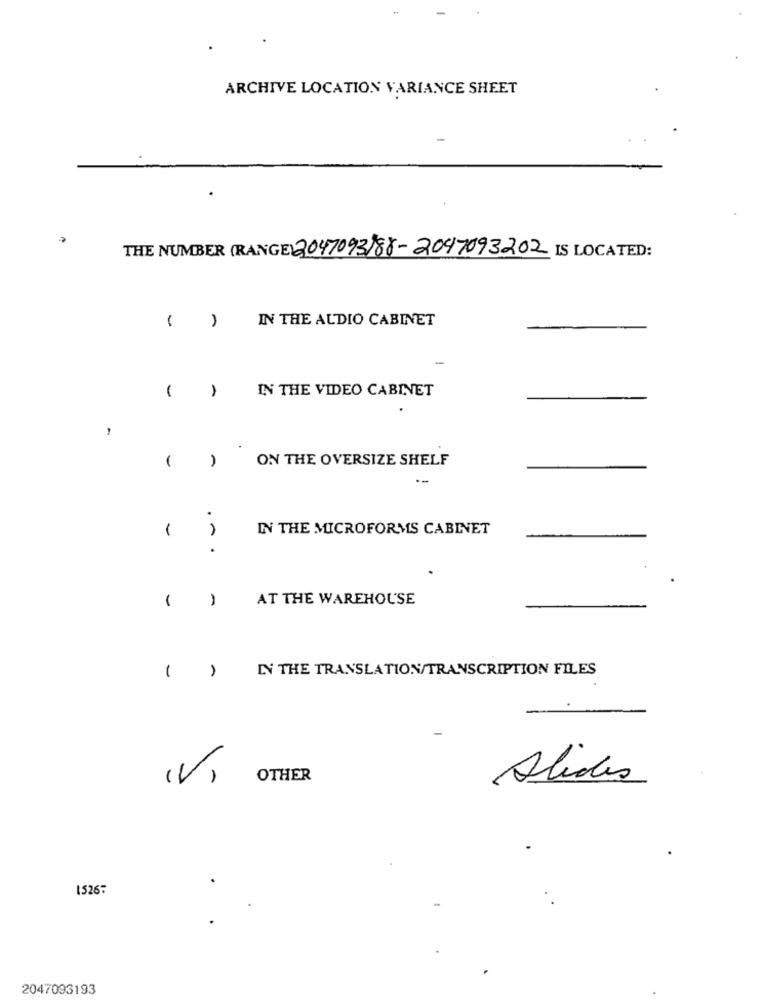
ARCHIVE LOCATION VARIANCE SHEET
THE NUMBER (RANGE) 2047093)88-2047093202 IS LOCATED:
IN THE AUDIO CABINET
-
1
IN THE VIDEO CABINET
ON THE OVERSIZE SHELF
--
-
IN THE MICROFORMS CABINET
...
-
AT THE WAREHOUSE
-
IN THE TRANSLATION/TRANSCRIPTION FILES
( )
(V)
OTHER
Alides
15267
2047093193